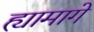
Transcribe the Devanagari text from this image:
ह्यामागे